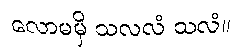
လောမမှိ သလလံ သလံ။